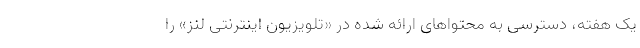
یک هفته، دسترسی به محتواهای ارائه شده در «تلویزیون اینترنتی لنز» را